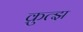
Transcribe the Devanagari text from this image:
क्रुत्झ